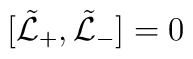
[\tilde {\cal L}_+, \tilde {\cal L}_-]=0